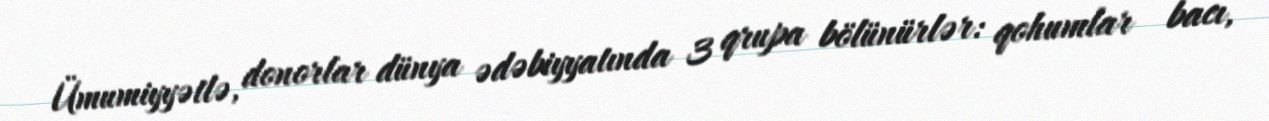
Ümumiyyətlə, donorlar dünya ədəbiyyatında 3 qrupa bölünürlər: qohumlar - bacı,